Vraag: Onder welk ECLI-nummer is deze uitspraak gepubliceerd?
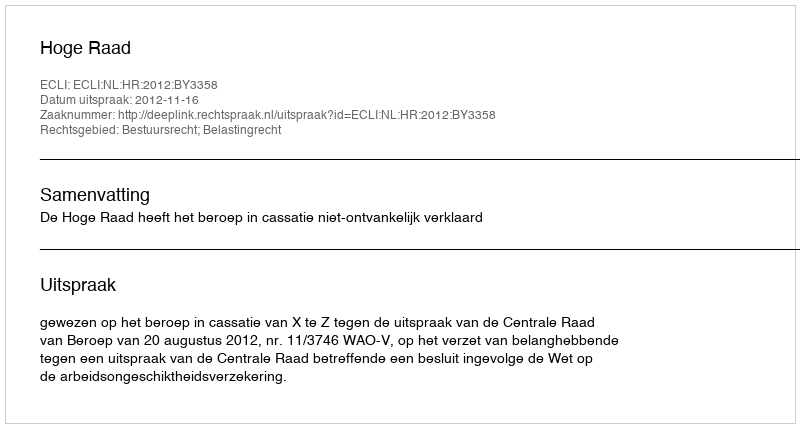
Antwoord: ECLI:NL:HR:2012:BY3358